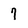
Character: 7